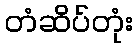
တံဆိပ်တုံး